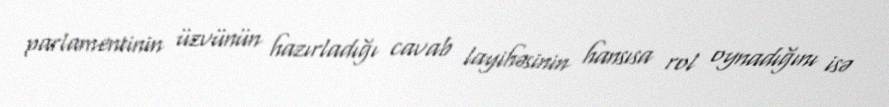
parlamentinin üzvünün hazırladığı cavab layihəsinin hansısa rol oynadığını isə